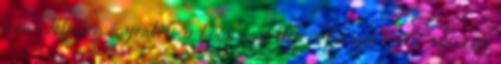
van. Teljesen egyértelmű, hogy egyetlen célja van csak: szerezni